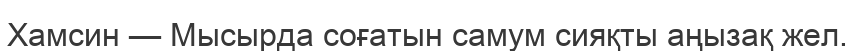
Хамсин — Мысырда соғатын самум сияқты аңызақ жел.